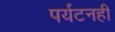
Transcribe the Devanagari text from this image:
पर्यटनही